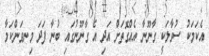
އެކަމަކު ސުވާލަކީ ގާނޫނާ އެއްގޮތަށް އަދި އެ ގާނޫނުގައި ބުނާ ފަދަ މިނވަންކަމާ